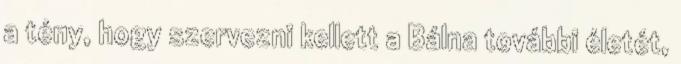
a tény, hogy szervezni kellett a Bálna további életét,